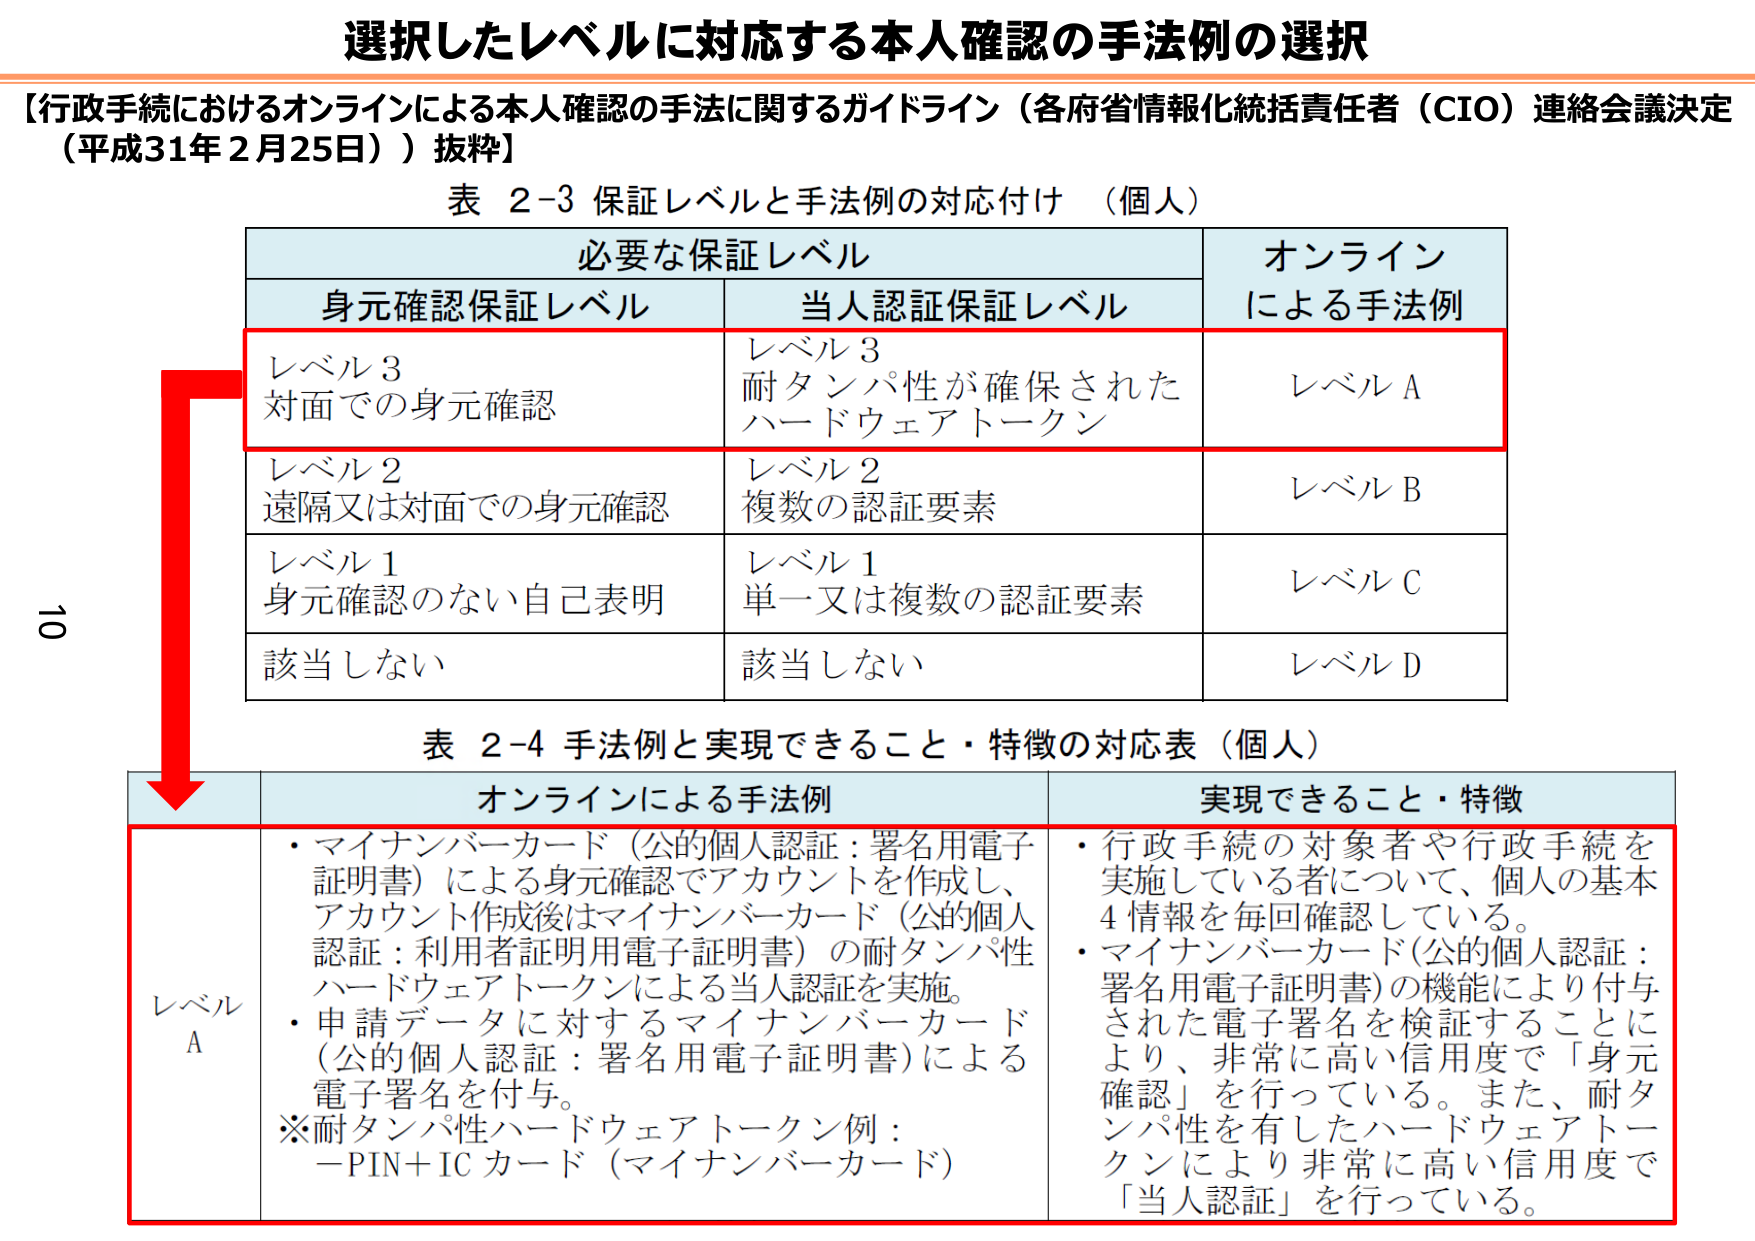
選択したレベルに対応する本人確認の手法例の選択

【行政手続におけるオンラインによる本人確認の手法に関するガイドライン（各府省情報化統括責任者（CIO）連絡会議決定（平成31年2月25日））抜粋】

表 2-3 保証レベルと手法例の対応付け （個人）

必要な保証レベル
身元確認保証レベル　　当人認証保証レベル　　オンラインによる手法例

レベル3
対面での身元確認　　　レベル3
　　　　　　　　　　　耐タンパ性が確保された
　　　　　　　　　　　ハードウェアトークン　　　レベルA

レベル2
遠隔又は対面での身元確認　レベル2
　　　　　　　　　　　複数の認証要素　　　　　レベルB

レベル1
身元確認のない自己表明　レベル1
　　　　　　　　　　　単一又は複数の認証要素　レベルC

該当しない　　　　　　該当しない　　　　　　レベルD

表 2-4 手法例と実現できること・特徴の対応表（個人）

オンラインによる手法例　　　　　　　　　実現できること・特徴

レベルA
・マイナンバーカード（公的個人認証：署名用電子証明書）による身元確認でアカウントを作成し、アカウント作成後はマイナンバーカード（公的個人認証：利用者証明用電子証明書）の耐タンパ性ハードウェアトークンによる当人認証を実施。
・申請データに対するマイナンバーカード（公的個人認証：署名用電子証明書）による電子署名を付与。
※耐タンパ性ハードウェアトークン例：
　－PIN＋ICカード（マイナンバーカード）

・行政手続の対象者や行政手続を実施している者について、個人の基本4情報を毎回確認している。
・マイナンバーカード(公的個人認証：署名用電子証明書)の機能により付与された電子署名を検証することにより、非常に高い信用度で「身元確認」を行っている。また、耐タンパ性を有したハードウェアトークンにより非常に高い信用度で「当人認証」を行っている。